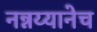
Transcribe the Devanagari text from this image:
नन्नय्यानेच